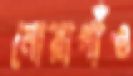
নোয়াগাঁও